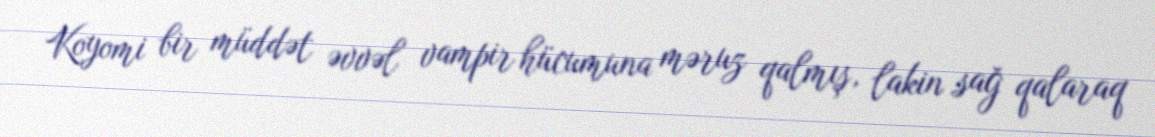
Koyomi bir müddət əvvəl vampir hücumuna məruz qalmış, lakin sağ qalaraq